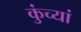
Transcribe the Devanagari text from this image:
कुंच्यां